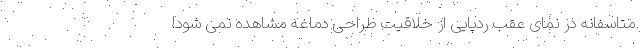
متاسفانه در نمای عقب ردپایی از خلاقیت طراحی دماغه مشاهده نمی شود!